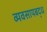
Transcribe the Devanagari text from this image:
व्यवसायबद्ध